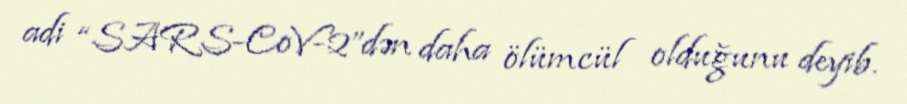
adi “SARS-CoV-2”dən daha ölümcül olduğunu deyib.